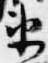
衛